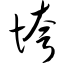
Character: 垮